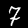
Digit: 7